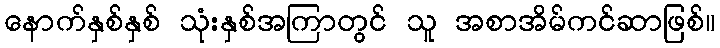
နောက်နှစ်နှစ် သုံးနှစ်အကြာတွင် သူ အစာအိမ်ကင်ဆာဖြစ်။